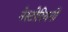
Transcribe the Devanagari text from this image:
नेस्टोरियनों